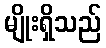
မျိုးရှိသည်